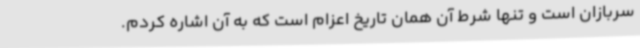
سربازان است و تنها شرط آن همان تاریخ اعزام است که به آن اشاره کردم.